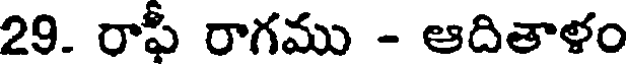
29. రాఫీ రాగము - ఆదితాళం